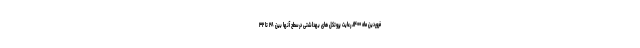
فروردین ماه ۱۴۰۰، رعایت پروتکل های بهداشتی درسطح آنها بین ۲۸ تا ۳۲